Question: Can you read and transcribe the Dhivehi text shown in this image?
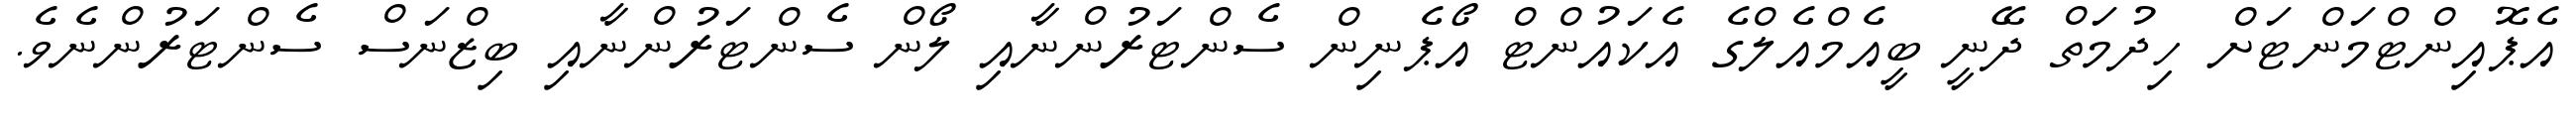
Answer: އެޕޮއިންޓްމަންޓަށް ހިދުމަތް ދޭނީ ބީއެމްއެލްގެ އެކައުންޓް އޯޕެނިން ސެންޓަރުންނާއި ލޯން ސެންޓަރުންނާއި ބިޒްނަސް ސެންޓަރުންނެވެ.